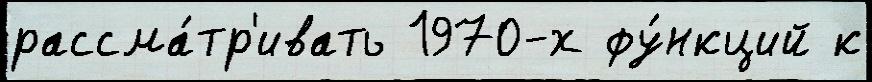
рассма́тр'ивать 1970-х фу́нкций к